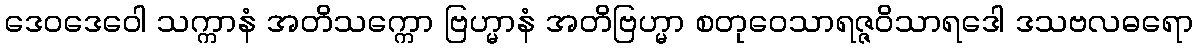
ဒေဝဒေဝေါ သက္ကာနံ အတိသက္ကော ဗြဟ္မာနံ အတိဗြဟ္မာ စတုဝေသာရဇ္ဇဝိသာရဒေါ ဒသဗလဓရော